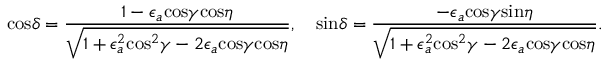
\mathrm { c o s } \delta = { \frac { 1 - \epsilon _ { a } \mathrm { c o s } \gamma \mathrm { c o s } \eta } { \sqrt { 1 + \epsilon _ { a } ^ { 2 } \mathrm { c o s } ^ { 2 } \gamma - 2 \epsilon _ { a } \mathrm { c o s } \gamma \mathrm { c o s } \eta } } } , \quad \mathrm { s i n } \delta = { \frac { - \epsilon _ { a } \mathrm { c o s } \gamma \mathrm { s i n } \eta } { \sqrt { 1 + \epsilon _ { a } ^ { 2 } \mathrm { c o s } ^ { 2 } \gamma - 2 \epsilon _ { a } \mathrm { c o s } \gamma \mathrm { c o s } \eta } } } .